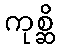
ကုစ္ဆိ